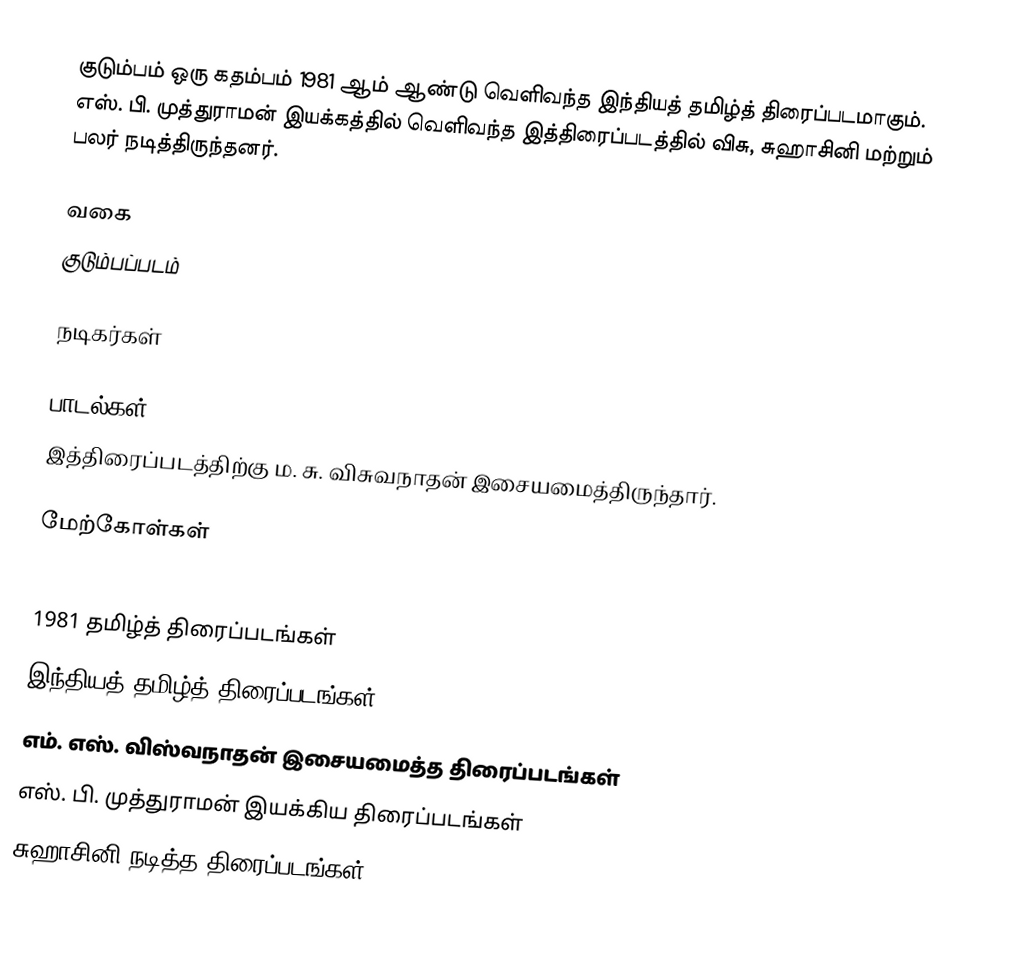
குடும்பம் ஒரு கதம்பம் 1981 ஆம் ஆண்டு வெளிவந்த இந்தியத் தமிழ்த் திரைப்படமாகும். எஸ். பி. முத்துராமன் இயக்கத்தில் வெளிவந்த இத்திரைப்படத்தில் விசு, சுஹாசினி மற்றும் பலர் நடித்திருந்தனர்.

வகை
குடும்பப்படம்

நடிகர்கள்

பாடல்கள்
இத்திரைப்படத்திற்கு ம. சு. விசுவநாதன் இசையமைத்திருந்தார்.

மேற்கோள்கள்

1981 தமிழ்த் திரைப்படங்கள்
இந்தியத் தமிழ்த் திரைப்படங்கள்
எம். எஸ். விஸ்வநாதன் இசையமைத்த திரைப்படங்கள்
எஸ். பி. முத்துராமன் இயக்கிய திரைப்படங்கள்
சுஹாசினி நடித்த திரைப்படங்கள்